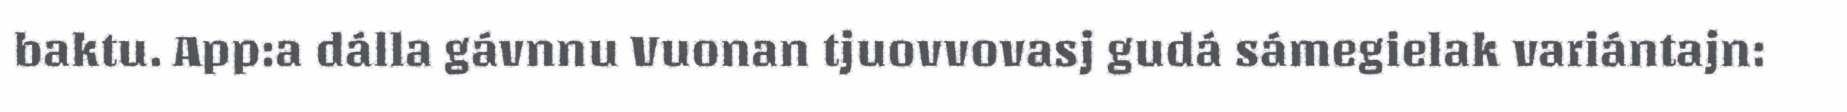
baktu. App:a dálla gávnnu Vuonan tjuovvovasj gudá sámegielak variántajn: